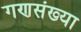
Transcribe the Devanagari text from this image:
गणसंख्या